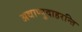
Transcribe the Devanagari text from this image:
अथाप्युदाहरन्ति